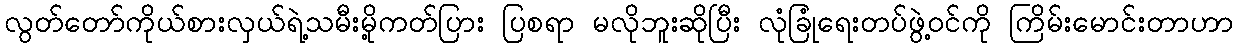
လွတ်တော်ကိုယ်စားလှယ်ရဲ့သမီးမို့ကတ်ပြား ပြစရာ မလိုဘူးဆိုပြီး လုံခြုံရေးတပ်ဖွဲ့ဝင်ကို ကြိမ်းမောင်းတာဟာ